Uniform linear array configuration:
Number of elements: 12
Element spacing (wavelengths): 0.25
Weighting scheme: blackman
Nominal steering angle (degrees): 30
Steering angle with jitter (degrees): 29.19
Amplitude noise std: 0.05
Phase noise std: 0.05

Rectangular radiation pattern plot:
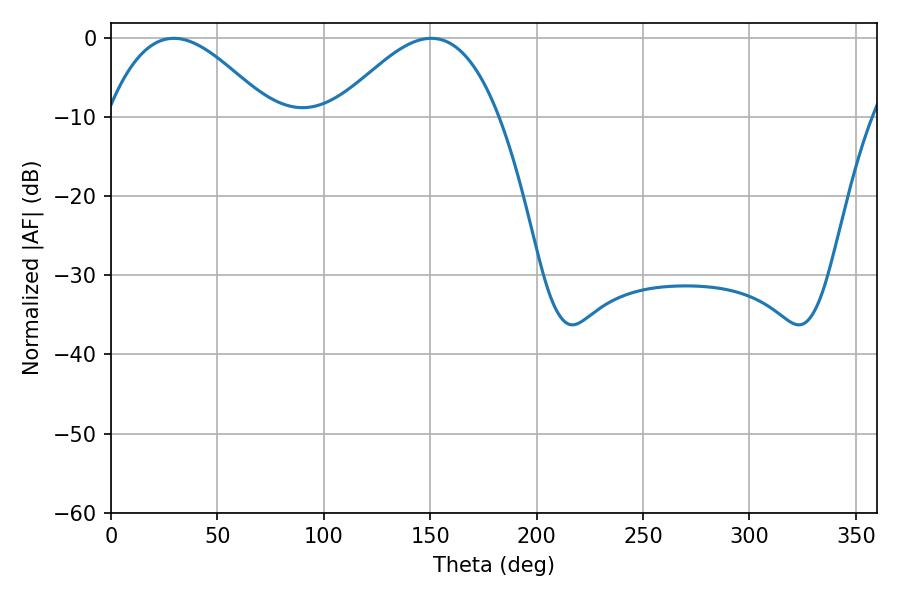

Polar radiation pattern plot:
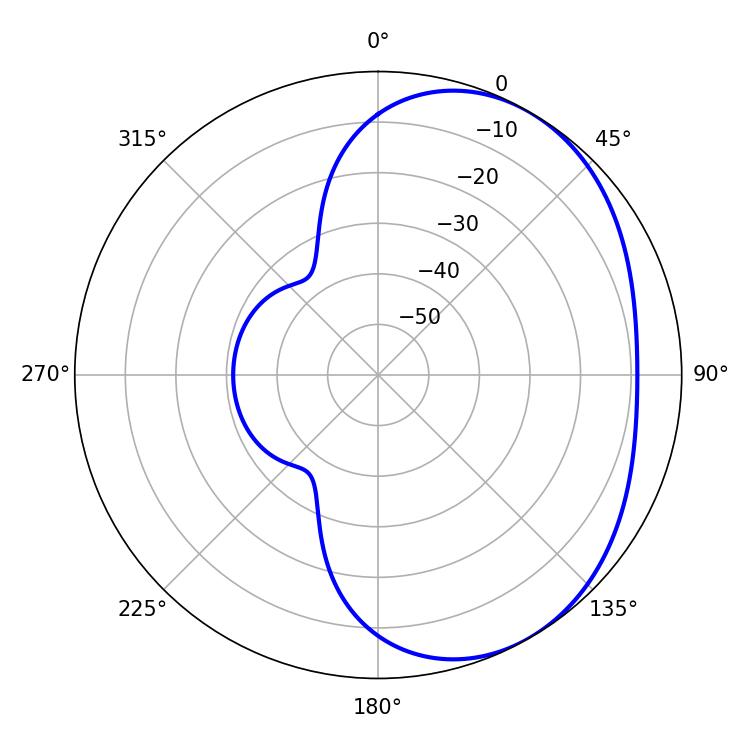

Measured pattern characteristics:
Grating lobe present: FALSE
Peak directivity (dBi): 3.515
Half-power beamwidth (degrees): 41.4
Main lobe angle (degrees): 29.52